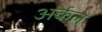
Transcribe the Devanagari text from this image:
अर्कल